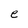
Character: e